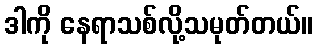
ဒါကို နေရာသစ်လို့သမုတ်တယ်။